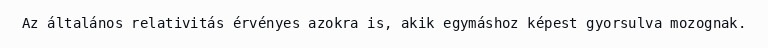
Az általános relativitás érvényes azokra is, akik egymáshoz képest gyorsulva mozognak.